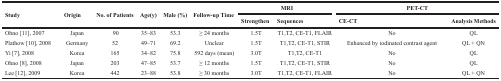
<table><thead><tr><td rowspan="2"><b>Study</b></td><td rowspan="2"><b>Origin</b></td><td rowspan="2"><b>No. of Patients</b></td><td rowspan="2"><b>Age(y)</b></td><td rowspan="2"><b>Male (%)</b></td><td rowspan="2"><b>Follow-up Time</b></td><td colspan="2"><b>MRI</b></td><td colspan="2"><b>PET-CT</b></td></tr><tr><td><b>Strengthen</b></td><td><b>Sequences</b></td><td><b>CE-CT</b></td><td><b>Analysis Methods</b></td></tr></thead><tbody><tr><td>Ohno [11], 2007</td><td>Japan</td><td>90</td><td>35–83</td><td>53.3</td><td>≥ 24 months</td><td>1.5T</td><td>T1,T2, CE-T1, FLAIR</td><td>No</td><td>QL</td></tr><tr><td>Plathow [10], 2008</td><td>Germany</td><td>52</td><td>49–71</td><td>69.2</td><td>Unclear</td><td>1.5T</td><td>T1,T2, CE-T1, STIR</td><td>Enhanced by iodinated contrast agent</td><td>QL + QN</td></tr><tr><td>Yi [7], 2008</td><td>Korea</td><td>165</td><td>34–82</td><td>75.8</td><td>592 days (mean)</td><td>3.0T</td><td>T1,T2, CE-T1</td><td>No</td><td>QL</td></tr><tr><td>Ohno [8], 2008</td><td>Japan</td><td>203</td><td>47–85</td><td>53.7</td><td>≥ 12 months</td><td>1.5T</td><td>T1,T2, CE-T1, STIR</td><td>No</td><td>QL</td></tr><tr><td>Lee [12], 2009</td><td>Korea</td><td>442</td><td>23–88</td><td>53.8</td><td>≥ 30 months</td><td>3.0T</td><td>T1,T2, CE-T1, FLAIR</td><td>No</td><td>QL + QN</td></tr></tbody></table>